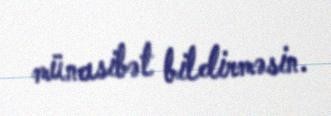
münasibət bildirməsin.